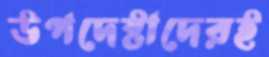
উপদেষ্টাদেরই